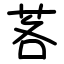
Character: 茖